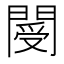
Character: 閿